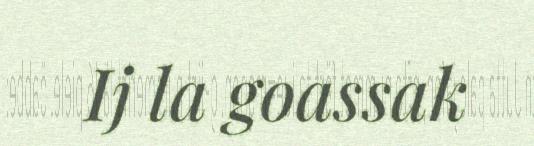
Ij la goassak